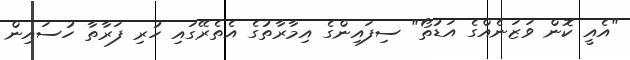
"އެއީ ކޮން ވަޒަނެއްގެ އަޑުތޯ" ސިފައިންގެ އިމާރާތުގެ އެތެރޭގައި ހުރި ފަރާތާ ހުސައިން